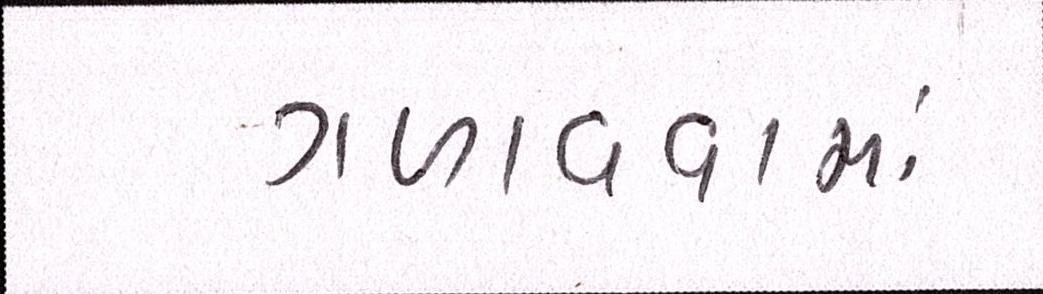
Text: ગળાવવામાં